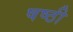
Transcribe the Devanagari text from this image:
षष्‍ठी